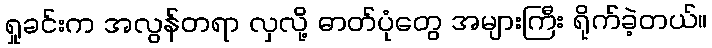
ရှုခင်းက အလွန်တရာ လှလို့ ဓာတ်ပုံတွေ အများကြီး ရိုက်ခဲ့တယ်။